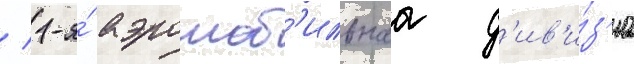
/ 1-я́ аэромоб'ильнаа д'ив'и́з'иа